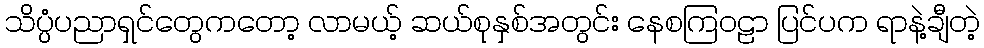
သိပ္ပံပညာရှင်တွေကတော့ လာမယ့် ဆယ်စုနှစ်အတွင်း နေစကြဝဠာ ပြင်ပက ရာနဲ့ချီတဲ့